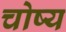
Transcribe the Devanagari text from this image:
चोष्य